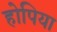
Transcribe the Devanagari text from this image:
होपिया